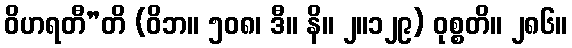
ဝိဟရတီ”တိ (ဝိဘ။ ၅၀၈၊ ဒီ။ နိ။ ၂။၁၂၉) ဝုစ္စတိ။ ၂၈၆။